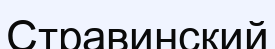
Стравинский